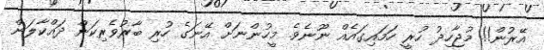
އޭރުން!! މުޖާހިދު ހުރީ ހަމައިގައެއް ނޫނެވެ. މީހުންނަށް އޭނަގެ ހުރި ބާރުވެރިކަން ދައްކާލަން